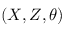
( X , Z , \theta )